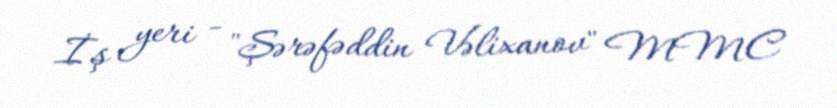
İş yeri - "Şərəfəddin Vəlixanov" MMC